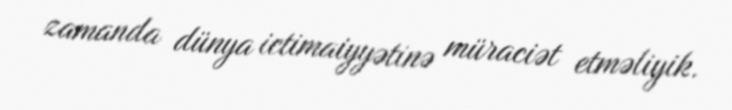
zamanda dünya ictimaiyyətinə müraciət etməliyik.